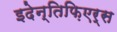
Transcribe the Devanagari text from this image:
इदेन्तिफ़िएर्स